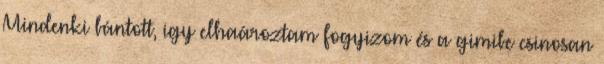
Mindenki bántott, igy elhaároztam fogyizom és a gimibe csinosan